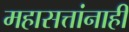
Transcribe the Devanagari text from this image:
महासत्तांनाही